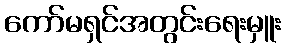
ကော်မရှင်အတွင်းရေးမှူး